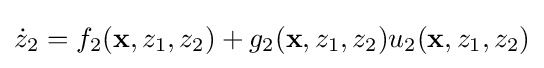
{\dot {z}}_{2}=f_{2}(\mathbf {x} ,z_{1},z_{2})+g_{2}(\mathbf {x} ,z_{1},z_{2})u_{2}(\mathbf {x} ,z_{1},z_{2})